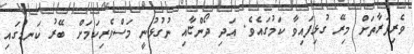
ވެރިފަރާތަށް މިރޭ ގުޅިފައިވާ ކަމުގައެވެ. އަދި ދޯންޏާއި ނުގުޅުނީ މަސްވެރިކަމަށް ބޭރު ކަނޑުގައި